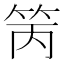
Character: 䇤